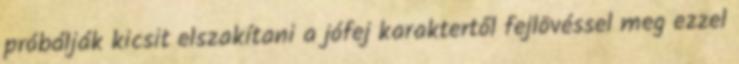
próbálják kicsit elszakítani a jófej karaktertől fejlövéssel meg ezzel